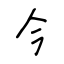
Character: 今